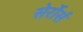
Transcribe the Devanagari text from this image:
सेर्रोर्स